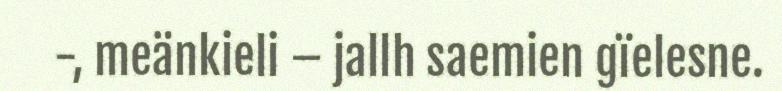
-, meänkieli – jallh saemien gïelesne.